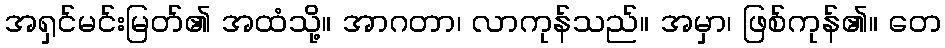
အရှင်မင်းမြတ်၏ အထံသို့။ အာဂတာ၊ လာကုန်သည်။ အမှာ၊ ဖြစ်ကုန်၏။ တေ